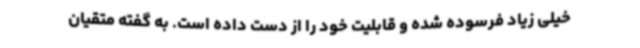
خیلی زیاد فرسوده شده و قابلیت خود را از دست داده است. به گفته متقیان